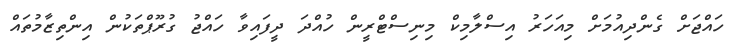
ހައްޖަށް ގެންދިއުމަށް މިއަހަރު އިސްލާމިކް މިނިސްޓްރީން ހުއްދަ ދީފައިވާ ހައްޖު ގުރޫޕްތަކުން އިންތިޒާމުތައް